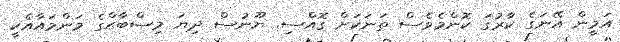
އަމީން އޭނަގެ ކާރުގަ ކޮންމެވެސް ތަނަކަށް ގޮއްސި. ޔޫނުސް ދިޔަ މިޞްބާޙްގެ މަންމައާއެކީ